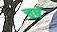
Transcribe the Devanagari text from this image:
चर्ष